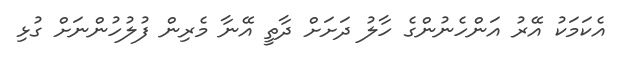
އެކަމަކު އޭރު އަންހެނުންގެ ހާލު ދަށަށް ދާތީ އޭނާ މެރިން ފުލުހުންނަށް ގުޅި